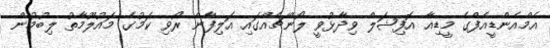
އެމްއެންޑީއެފްގެ މީޑިއާ އޮފިޝަލް ވިދާޅުވީ ލޯންޗެއްގައި އަލިފާން ރޯވި ކަމުގެ މައުލޫމާތު ލިބުމުން